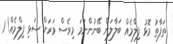
ތަފާތު މޮޅު ފިލްމެއް ބަލާލަން ބޭނުންނަމަ މިވެސް ވަރަށް ސަޅި ފިލްމެއް! 1